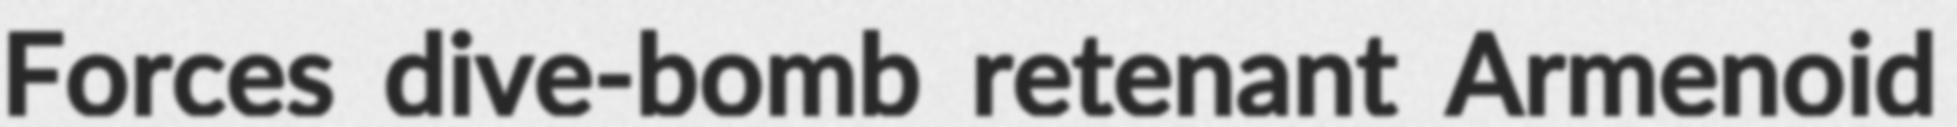
Forces dive-bomb retenant Armenoid